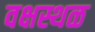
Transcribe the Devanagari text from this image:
वक्षस्थळ